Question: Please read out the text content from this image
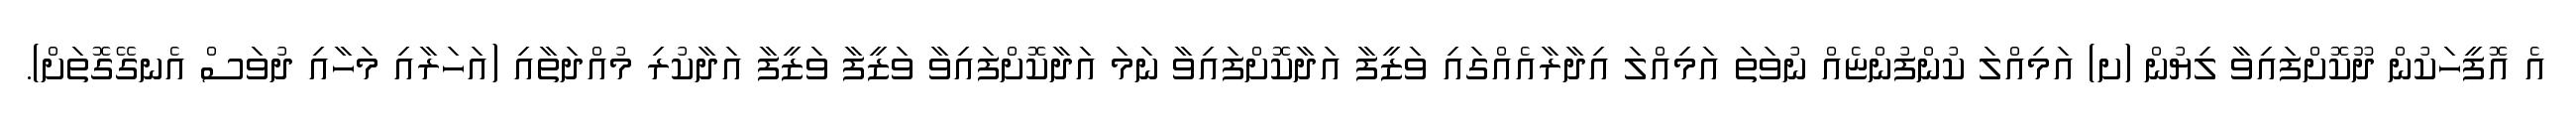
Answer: އެ އޮފީހަކުން ދޫކޮށްފައިވާ ލިޔުން (ށ) އަމިއްލަ ކުންފުންޏެއް ނުވަތަ އަމިއްލަ އިދާރާއެއްގައި ވަޒީފާ އަދާކޮށްފައިވާ ނަމަ އަދާކޮށްފައިވާ ވަޒީފާ ވަޒީފާ އަދާކުރި މުއްދަތާއި (އަހަރާއި މަހާއި ދުވަސް އެނގޭގޮތަށް).